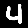
Digit: 4